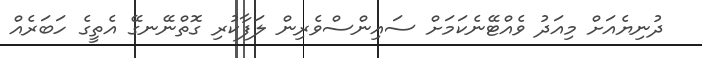
ދުނިޔެއަށް މިއަދު ވެއްޓޭނެކަމަށް ސައިންސްވެރިން ލަފާކުރި ގޮތްނޭނގޭ އެތީގެ ހަބަރެއް